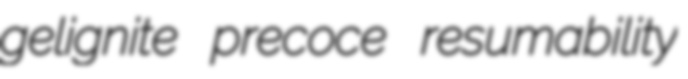
gelignite precoce resumability